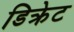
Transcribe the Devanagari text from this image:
डिक्रेट